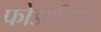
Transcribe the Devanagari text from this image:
फोडणीमुळे